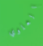
العلوي